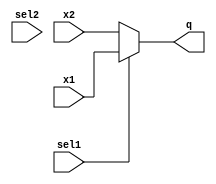
`timescale 1ns/1ns
module mux21 #(parameter n = 13)(sel1, sel2, x1, x2, q);
  input sel1;
  input sel2;
  input signed[n:0] x1;
  input signed[n:0] x2;
  output signed [n:0] q;
  assign q = sel1 ? x1 : x2;
endmodule